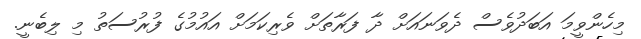
މިހެންވީމަ އަބަދުވެސް ދެވަނައަށް ދާ ފަރާތަށް ވެރިކަމަށް އައުމުގެ ފުރުސަތު މި ލިބެނީ.